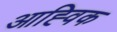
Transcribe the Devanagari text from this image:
आह्विक